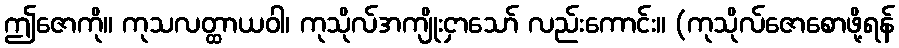
ဤဇောကို။ ကုသလတ္ထာယဝါ၊ ကုသိုလ်အကျိုးငှာသော် လည်းကောင်း။ (ကုသိုလ်ဇောစောဖို့ရန်